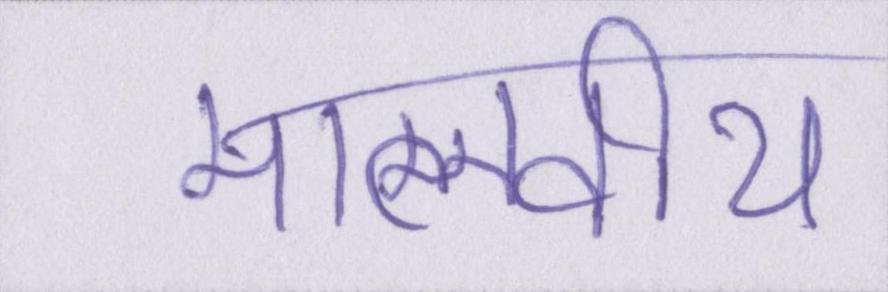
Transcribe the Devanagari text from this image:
मालवीय